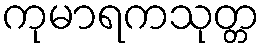
ကုမာရကသုတ္တ